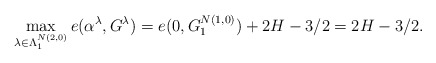
\begin{align*} \max_{\lambda\in\Lambda^{N(2,0)}_{1}} e(\alpha^\lambda, G^\lambda) = e(0,G^{N(1,0)}_{1}) +2H-3/2 =2H-3/2. \end{align*}